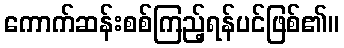
ကောက်ဆန်းစစ်ကြည့်ရန်ပင်ဖြစ်၏။